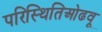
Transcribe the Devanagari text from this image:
परिस्थितिओढवू